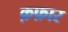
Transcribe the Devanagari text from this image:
क़फ़ार